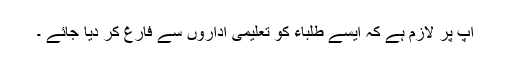
آپ پر لازم ہے کہ ایسے طلباء کو تعلیمی اداروں سے فارغ کر دیا جائے ۔